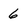
Character: 6